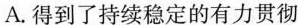
A. 得到了持续稳定的有力贯彻